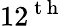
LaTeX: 12^{\mathrm{~t~h~}}